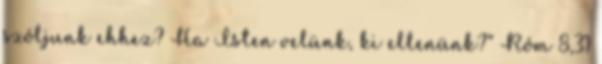
szóljunk ehhez? Ha Isten velünk, ki ellenünk?” Róm 8,31